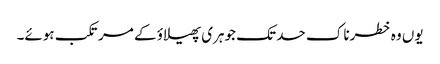
یوں وہ خطرناک حد تک جوہری پھیلاؤ کے مرتکب ہوئے۔